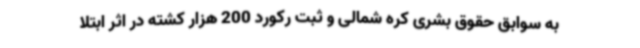
به سوابق حقوق بشری کره شمالی و ثبت رکورد 200 هزار کشته در اثر ابتلا